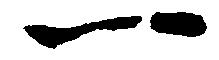
一